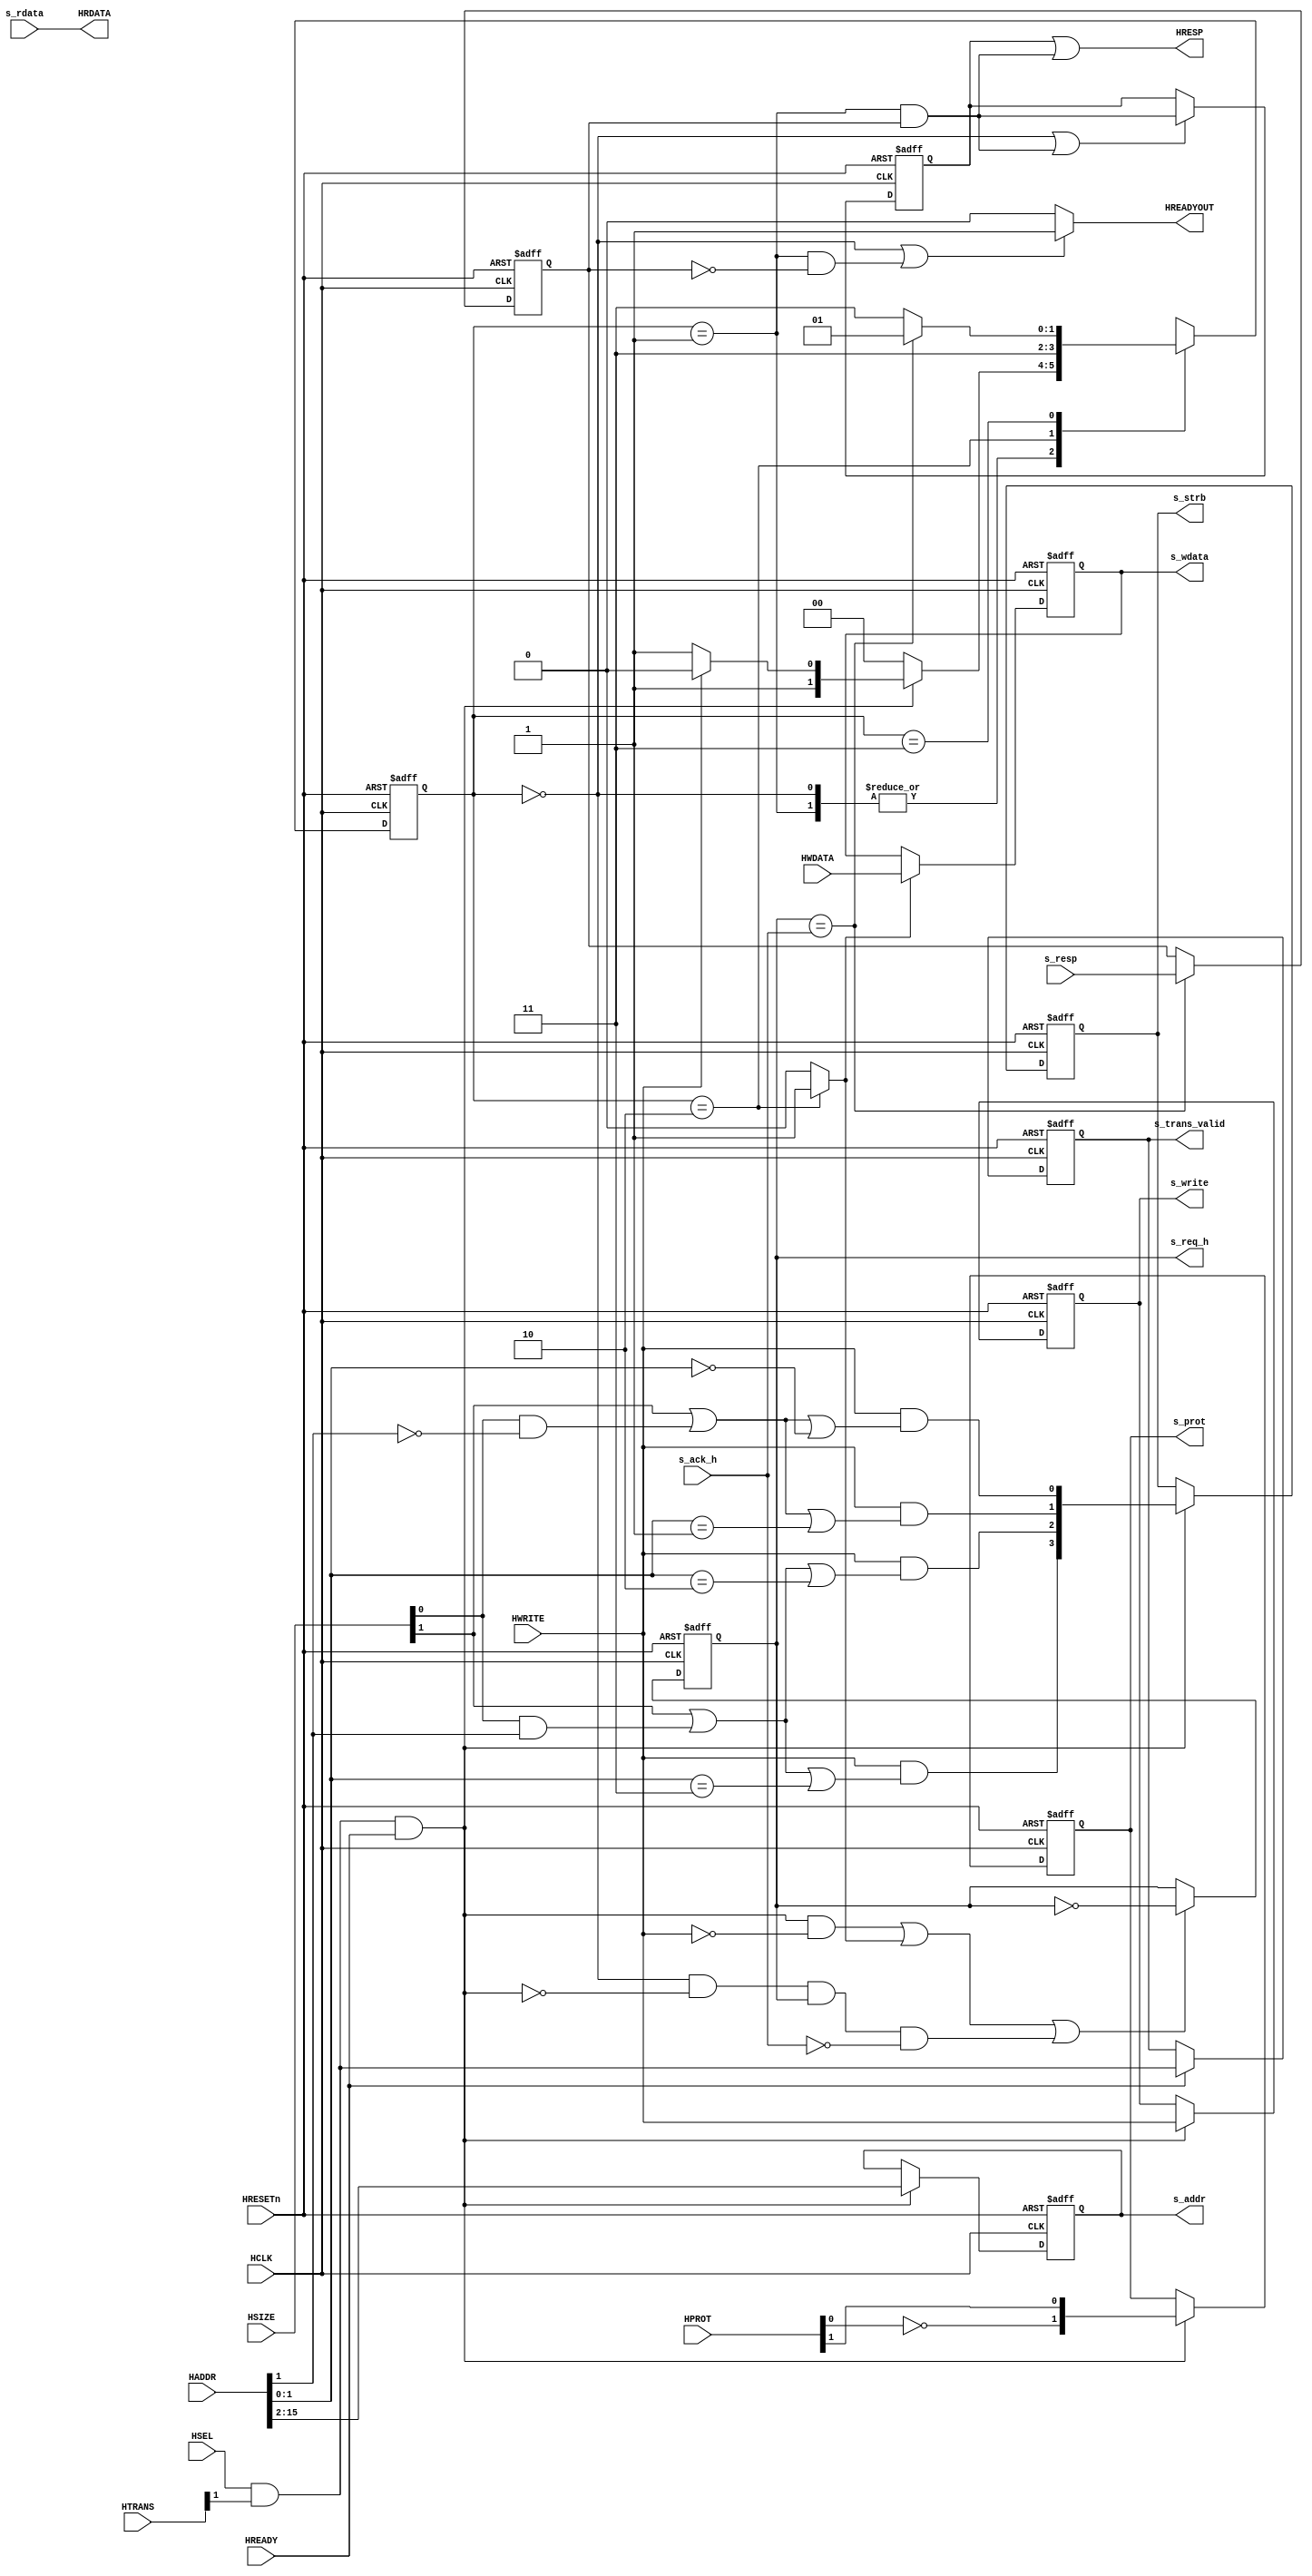
//-----------------------------------------------------------------------------
// The confidential and proprietary information contained in this file may
// only be used by a person authorised under and to the extent permitted
// by a subsisting licensing agreement from ARM Limited.
//
//            (C) COPYRIGHT 2010-2013 ARM Limited.
//                ALL RIGHTS RESERVED
//
// This entire notice must be reproduced on all copies of this file
// and copies of this file may only be made by a person if such person is
// permitted to do so under the terms of a subsisting license agreement
// from ARM Limited.
//
//      SVN Information
//
//      Checked In          : $Date: 2013-04-10 15:07:36 +0100 (Wed, 10 Apr 2013) $
//
//      Revision            : $Revision: 243494 $
//
//      Release Information : Cortex-M System Design Kit-r1p0-01rel0
//
//-----------------------------------------------------------------------------
//-----------------------------------------------------------------------------
// Abstract : AHB domain logic for asynchronous AHB to APB bridge
//-----------------------------------------------------------------------------
//
module cmsdk_ahb_to_apb_async_h #(
  // Parameter to define address width
  // 16 = 2^16 = 64KB APB address space
  parameter     ADDRWIDTH = 16)
 (
// --------------------------------------------------------------------------
// Port Definitions
// --------------------------------------------------------------------------
  input  wire                 HCLK,      // Clock
  input  wire                 HRESETn,   // Reset

  input  wire                 HSEL,      // Device select
  input  wire [ADDRWIDTH-1:0] HADDR,     // Address
  input  wire           [1:0] HTRANS,    // Transfer control
  input  wire                 HWRITE,    // Write control
  input  wire          [2:0]  HSIZE,     // Transfer size
  input  wire          [3:0]  HPROT,     // Protection control
  input  wire                 HREADY,    // Transfer phase done
  input  wire          [31:0] HWDATA,    // Write data

  output wire                 HREADYOUT, // Device ready
  output wire          [31:0] HRDATA,    // Read data output
  output wire                 HRESP,     // Device response to bus master

  output reg  [ADDRWIDTH-3:0] s_addr,     // Address
  output reg                  s_trans_valid, // Transfer valid
  output reg                  s_write,
  output wire           [1:0] s_prot,     // PROT information
  output wire           [3:0] s_strb,     // Byte strobe information

  output reg           [31:0] s_wdata,

  input  wire          [31:0] s_rdata,
  input  wire                 s_resp,

  output wire                 s_req_h,
  input  wire                 s_ack_h);


  // --------------------------------------------------------------------------
  // Internal wires
  // --------------------------------------------------------------------------

  reg            [3:0]   pstrb_reg;   // Byte lane strobe register
  wire           [3:0]   pstrb_nxt;   // Byte lane strobe next state
  reg            [1:0]   pprot_reg;   // PPROT register
  wire           [1:0]   pprot_nxt;   // PPROT register next state

  wire                   sample_addr_phase;
  wire                   sample_wdata_phase;
  wire                   nxt_trans_valid;

  // State machine
  reg              [1:0] curr_state;
  reg              [1:0] next_state;
  localparam fsm_idle = 2'b00; // Idle
  localparam fsm_done = 2'b01; // transfer is done
  localparam fsm_wr1  = 2'b10; // first write cycle
  localparam fsm_wait = 2'b11; // active transfer and waiting

  // Register for handshaking signal
  reg                    reg_s_req_h;
  reg                    s_resp_reg;

  wire                   toggle_req; // Request signal need toggling
  wire                   trans_done; // Handshaking done

  reg                    reg_hresp;  // Register for HRESP generation
  wire                   err_detect; // APB slave return error

  // -------------------------------------------------------
  // Start of main code

  // Detect if a new transfer is needed, for sampling
  // address phase signal
  assign  sample_addr_phase = HSEL & HTRANS[1] & HREADY;

  // Sampling of address phase signals - address
  always @(posedge HCLK or negedge HRESETn)
  begin
  if (~HRESETn)
    s_addr <= {(ADDRWIDTH-2){1'b0}};
  else if (sample_addr_phase)
    s_addr <= HADDR[ADDRWIDTH-1:2];
  end

  // Sampling of address phase signals - write
  always @(posedge HCLK or negedge HRESETn)
  begin
  if (~HRESETn)
    s_write <= 1'b0;
  else if (sample_addr_phase)
    s_write <= HWRITE;
  end

  assign pprot_nxt[0] =  HPROT[1];  // (0) Normal, (1) Privileged
  assign pprot_nxt[1] = ~HPROT[0];  // (0) Data, (1) Instruction

  // Byte strobe generation
  assign pstrb_nxt[0] = HWRITE & (HSIZE[1]|((HSIZE[0])&(~HADDR[1]))|(HADDR[1:0]==2'b00));
  assign pstrb_nxt[1] = HWRITE & (HSIZE[1]|((HSIZE[0])&(~HADDR[1]))|(HADDR[1:0]==2'b01));
  assign pstrb_nxt[2] = HWRITE & (HSIZE[1]|((HSIZE[0])&( HADDR[1]))|(HADDR[1:0]==2'b10));
  assign pstrb_nxt[3] = HWRITE & (HSIZE[1]|((HSIZE[0])&( HADDR[1]))|(HADDR[1:0]==2'b11));

  // Sample control signals
  always @(posedge HCLK or negedge HRESETn)
  begin
  if (~HRESETn)
    begin
    pprot_reg <= {2{1'b0}};
    pstrb_reg <= {4{1'b0}};
    end
  else if (sample_addr_phase) // Only change at beginning of each APB transfer
    begin
    pprot_reg <= pprot_nxt;
    pstrb_reg <= pstrb_nxt;
    end
  end

  assign  s_prot = pprot_reg;
  assign  s_strb = pstrb_reg;

  // Sampling of address phase signals - s_trans_valid
  // Indicate transfer is valid - prevent invalid transfer
  // being generated during reset
  assign nxt_trans_valid = HSEL & HTRANS[1];

  // Sample transfer valid control
  always @(posedge HCLK or negedge HRESETn)
  begin
  if (~HRESETn)
    s_trans_valid <= 1'b0;
  else if (HREADY)
    s_trans_valid <= nxt_trans_valid;
  end

  // Sampling of data phase signals - s_wdata
  // Write data from CPU might contains glitch and might not be
  // availble in early stage of first data phase cycle
  assign  sample_wdata_phase = (curr_state == fsm_wr1) ? 1'b1 : 1'b0;

  always @(posedge HCLK or negedge HRESETn)
  begin
  if (~HRESETn)
    s_wdata <= {32{1'b0}};
  else if (sample_wdata_phase)
    s_wdata <= HWDATA;
  end

  // Finite state machine
  always @(curr_state or sample_addr_phase or HWRITE or trans_done)
  begin
    case (curr_state)
      fsm_idle, fsm_done : // Idle or complete
        begin
        if  (sample_addr_phase)
          begin
          if (HWRITE)
            next_state = fsm_wr1;  // First cycle of write
          else
            next_state = fsm_wait;  // First cycle of read / other cycles for write
          end
        else
          next_state = fsm_idle;  // remain idle
        end
      fsm_wr1 : // First cycle of write
        next_state = fsm_wait;  // go to other cycles for write
      fsm_wait : // Rest of the transfer cycles
        next_state = (trans_done) ? fsm_done : fsm_wait;
      default:
        next_state = 2'bxx;  // Should not be here
    endcase
  end

  // Sequential part of the state machine
  always @(posedge HCLK or negedge HRESETn)
  begin
  if (~HRESETn)
    curr_state <= fsm_idle;
  else
    curr_state <= next_state;
  end

  // Register response
  always @(posedge HCLK or negedge HRESETn)
  begin
  if (~HRESETn)
    s_resp_reg <= 1'b0;
  else if (trans_done)
    s_resp_reg <= s_resp;
  end

  // Toggle request signal for read-start, write-start, or
  // mismatch between Req and Ack (can be caused by reset in APB side)
  assign toggle_req = (sample_addr_phase & (~HWRITE)) | sample_wdata_phase |
                     ((curr_state==fsm_idle) & (~sample_addr_phase) & reg_s_req_h & (~s_ack_h));

  // Request signal
  // Sequential part of the state machine
  always @(posedge HCLK or negedge HRESETn)
  begin
  if (~HRESETn)
    reg_s_req_h <= 1'b0;
  else if (toggle_req)
    reg_s_req_h <= ~reg_s_req_h;
  end

  // Transfer is completed (ack received)
  assign trans_done = (reg_s_req_h == s_ack_h);

  // Connect request signal to top level
  assign s_req_h = reg_s_req_h;
  // Read data
  assign HRDATA = s_rdata;
  // Ready output
  assign HREADYOUT = ((curr_state==fsm_idle) | ((curr_state==fsm_done) & (s_resp_reg==1'b0))) ? 1'b1 : 1'b0;

  // PSLVERR is set on APB transfer completion
  assign err_detect =  (curr_state==fsm_done) & s_resp_reg;

  // Register for HREPS generation - this register is asserted in the 2nd cycle of error response
  always @(posedge HCLK or negedge HRESETn)
  begin
  if (~HRESETn)
    reg_hresp <= 1'b0;
  else if ((curr_state == fsm_idle) | (err_detect))
    reg_hresp <= err_detect; // Set to 1 at clock edge if err_detect is high (curr_state=fsm_wait)
                             // Clear to 0 after FSM return to idle
  end

  // Connect error response to top level
  assign HRESP = reg_hresp | err_detect ;

  // Okay generation:
  //   curr_state     fsm_wait    fsm_done   fsm_idle   fsm_idle
  //   trans_done         1          0           0         0
  //   err_detect         0          0           0         0
  //   reg_hresp          0          0           0         0
  //   HREADYOUT          0          1           1         1
  //   HRESP              0          0           0         0
  //
  // Error generation:
  //   curr_state     fsm_wait    fsm_done   fsm_idle   fsm_idle
  //   trans_done         1          0           0         0
  //   err_detect         0          1           0         0
  //   reg_hresp          0          0           1         0
  //   HREADYOUT          0          0           1         1
  //   HRESP              0          1           1         0

endmodule